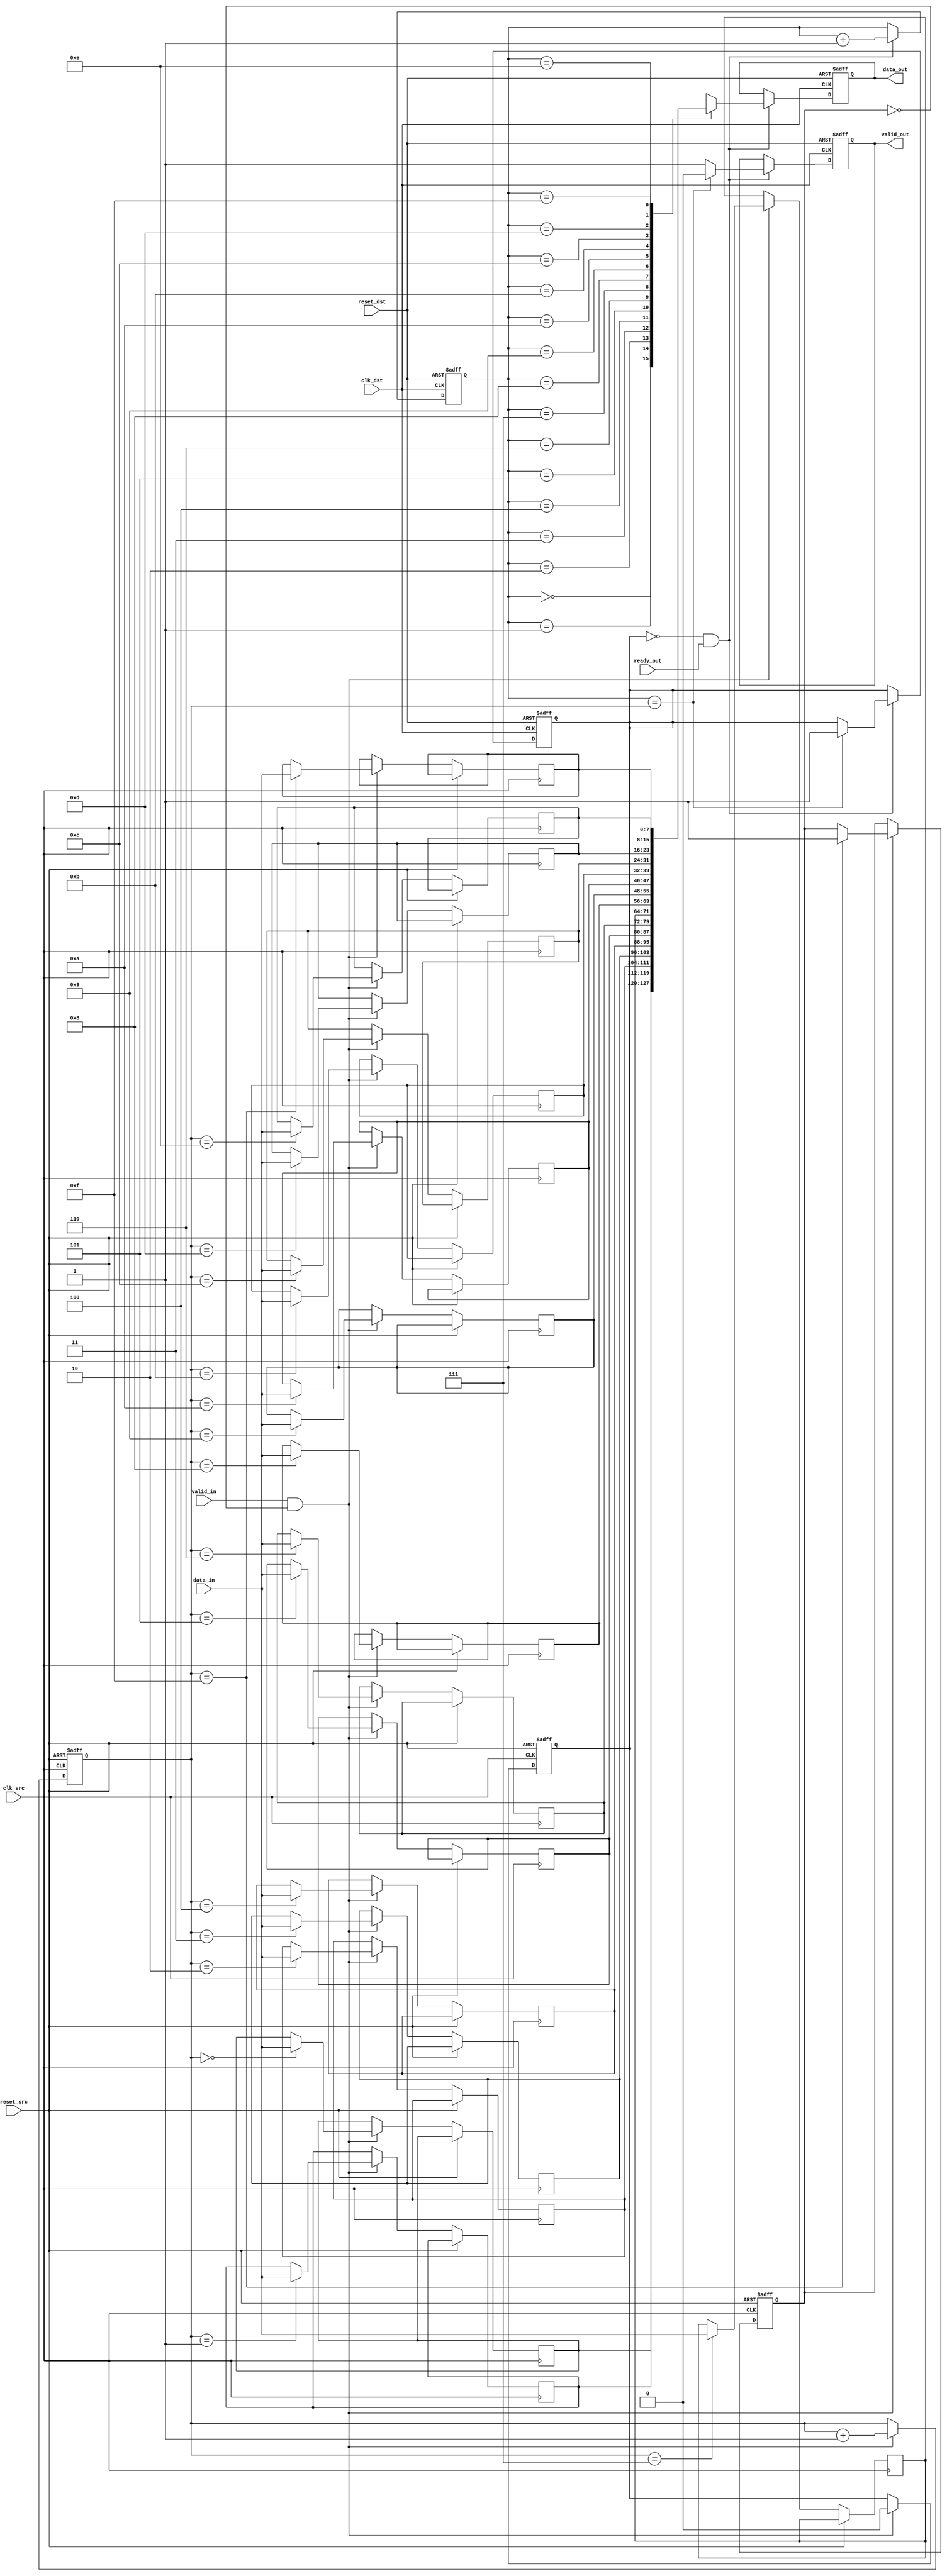
module memory_blocks_pipeline_synchronizer #(
    parameter DATA_WIDTH = 8,
    parameter FIFO_DEPTH = 16
)(
    input wire clk_src,               // Source clock
    input wire clk_dst,               // Destination clock
    input wire reset_src,             // Reset for source clock domain
    input wire reset_dst,             // Reset for destination clock domain
    input wire [DATA_WIDTH-1:0] data_in, // Data input from source domain
    input wire valid_in,              // Valid signal from source domain
    output reg [DATA_WIDTH-1:0] data_out, // Data output to destination domain
    output reg valid_out,             // Valid signal to destination domain
    input wire ready_out              // Ready signal from destination domain
);

    // FIFO buffer
    reg [DATA_WIDTH-1:0] fifo [0:FIFO_DEPTH-1];
    reg [3:0] write_ptr, read_ptr;
    reg fifo_full, fifo_empty;

    // Synchronizer flip-flops
    reg [DATA_WIDTH-1:0] sync_ff1, sync_ff2;
    reg valid_ff1, valid_ff2;

    // Write to FIFO
    always @(posedge clk_src or posedge reset_src) begin
        if (reset_src) begin
            write_ptr <= 0;
            fifo_full <= 0;
        end else if (valid_in && !fifo_full) begin
            fifo[write_ptr] <= data_in;
            write_ptr <= write_ptr + 1;
            if (write_ptr == FIFO_DEPTH - 1) begin
                fifo_full <= 1;
            end
        end
    end

    // Read from FIFO and synchronize to destination clock domain
    always @(posedge clk_dst or posedge reset_dst) begin
        if (reset_dst) begin
            read_ptr <= 0;
            fifo_empty <= 1;
            valid_out <= 0;
            data_out <= 0;
        end else if (!fifo_empty && ready_out) begin
            data_out <= fifo[read_ptr];
            valid_out <= 1;
            read_ptr <= read_ptr + 1;
            if (read_ptr == write_ptr) begin
                fifo_empty <= 1;
                valid_out <= 0;
            end
        end
    end

    // Synchronize valid signal
    always @(posedge clk_src or posedge reset_src) begin
        if (reset_src) begin
            sync_ff1 <= 0;
            valid_ff1 <= 0;
        end else begin
            sync_ff1 <= data_in;
            valid_ff1 <= valid_in;
        end
    end

    always @(posedge clk_dst or posedge reset_dst) begin
        if (reset_dst) begin
            sync_ff2 <= 0;
            valid_ff2 <= 0;
        end else begin
            sync_ff2 <= sync_ff1;
            valid_ff2 <= valid_ff1;
        end
    end

    // Update FIFO empty/full flags
    always @(posedge clk_src or posedge reset_src) begin
        if (reset_src) begin
            fifo_empty <= 1;
        end else if (valid_in && !fifo_full) begin
            fifo_empty <= 0;
        end
    end

endmodule